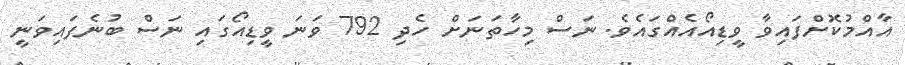
އާއްމުކޮށްފައިވާ ވީޑިއޯއެއްގައެވެ. ނަސް މިހާތަނަށް ހެދި 792 ވަނަ ވީޑިއޯގައި ނަސް ބުނެފައިވަނީ